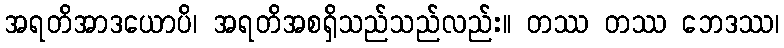
အရတိအာဒယောပိ၊ အရတိအစရှိသည်သည်လည်း။ တဿ တဿ ဘေဒဿ၊